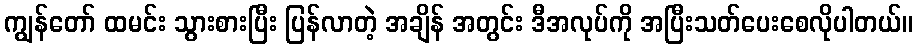
ကျွန်တော် ထမင်း သွားစားပြီး ပြန်လာတဲ့ အချိန် အတွင်း ဒီအလုပ်ကို အပြီးသတ်ပေးစေလိုပါတယ်။